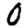
Digit: 0